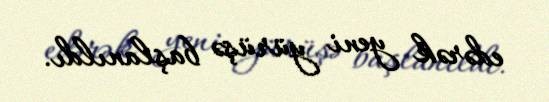
edərək yeni yürüşə başlanıldı.